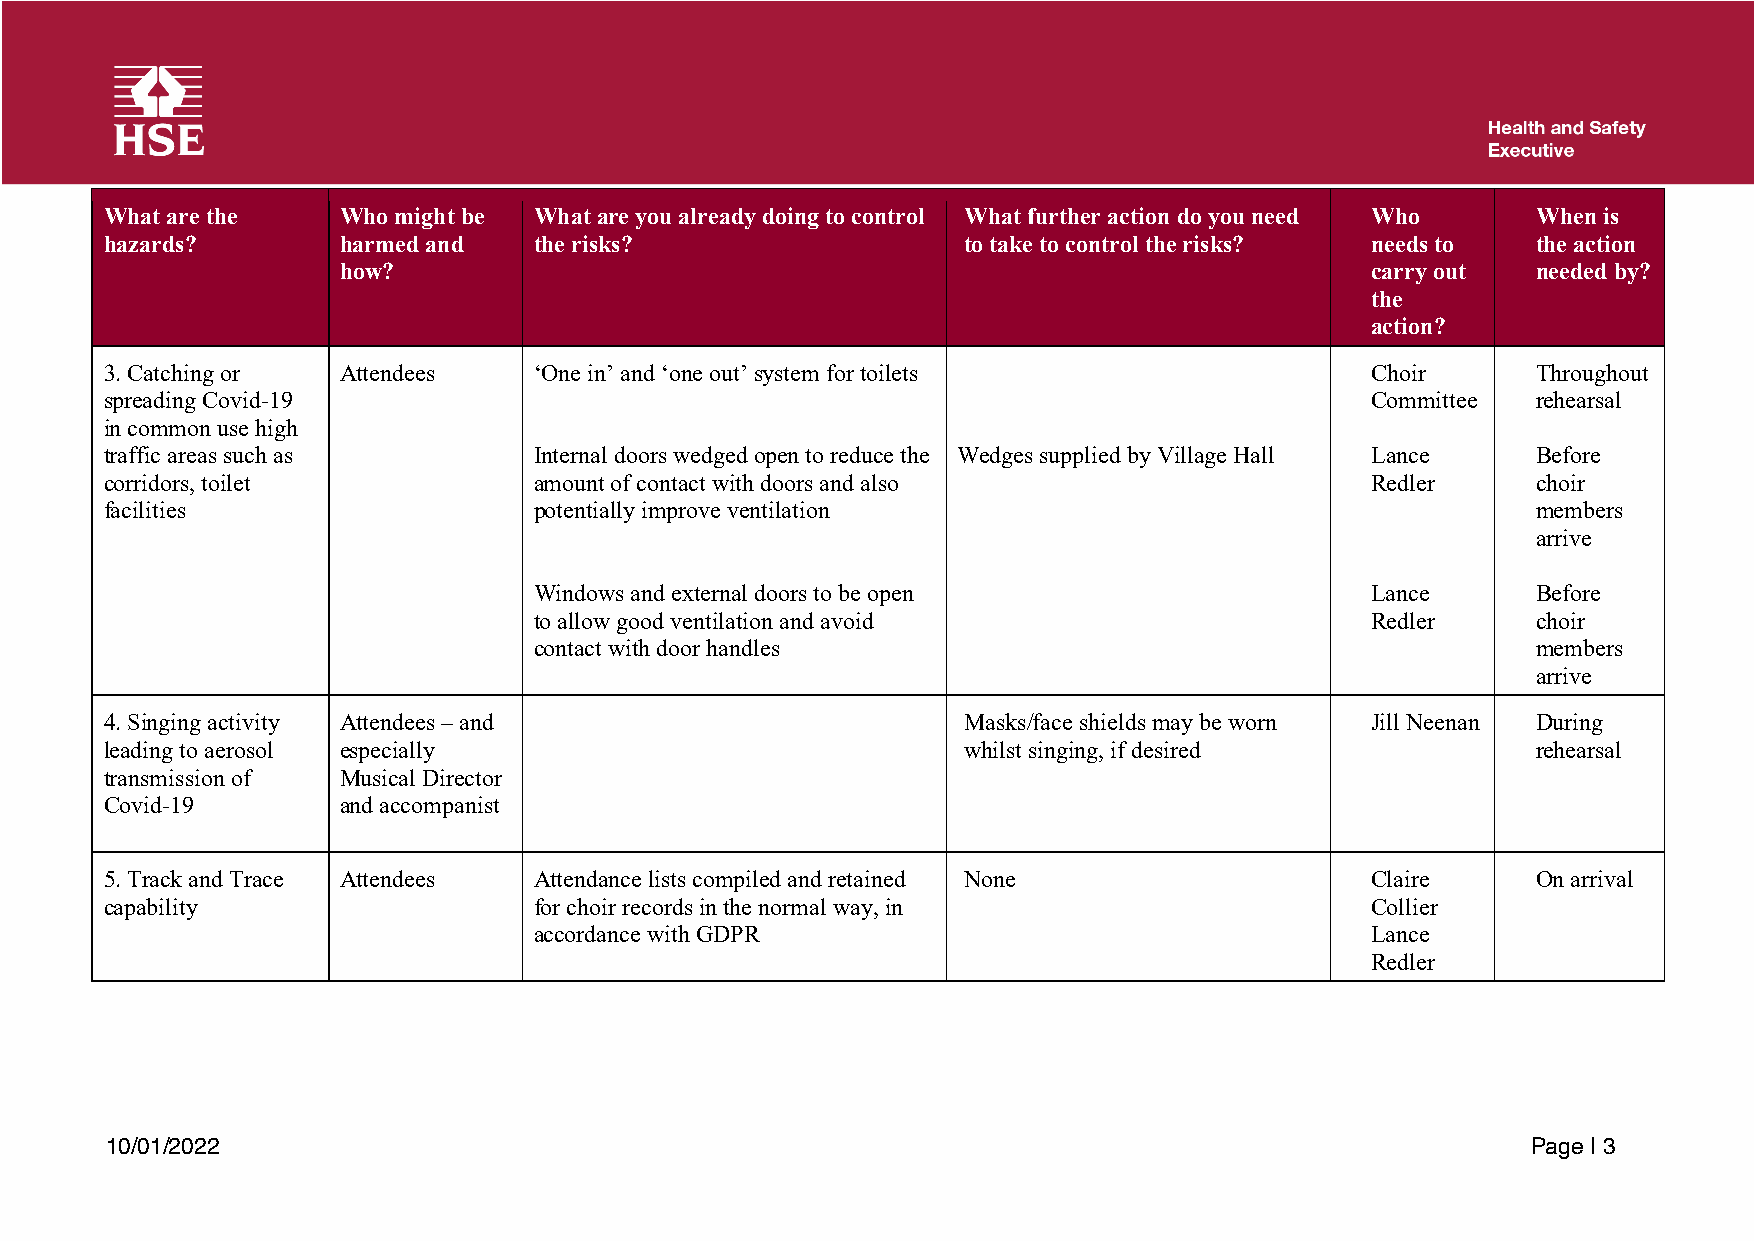
What are the   Who might be What are you already doing to control What further action do you need Who When is
 hazards?       harmed and   the risks?                   to take to control the risks? needs to the action
 how?                                                                 carry out  needed by?
 the
 action?
 3. Catching or Attendees    ‘One in’ and ‘one out’ system for toilets               Choir      Throughout
 spreading Covid-19                                                                  Committee  rehearsal
 in common use high
 traffic areas such as       Internal doors wedged open to reduce the Wedges supplied by Village Hall Lance Before
 corridors, toilet           amount of contact with doors and also                   Redler     choir
 facilities                  potentially improve ventilation                                    members
 arrive
 Windows and external doors to be open                   Lance      Before
 to allow good ventilation and avoid                     Redler     choir
 contact with door handles                                          members
 arrive
 4. Singing activity Attendees – and                      Masks/face shields may be worn Jill Neenan During
 leading to aerosol especially                            whilst singing, if desired            rehearsal
 transmission of Musical Director
 Covid-19       and accompanist
 5. Track and Trace Attendees Attendance lists compiled and retained None            Claire     On arrival
 capability                  for choir records in the normal way, in                 Collier
 accordance with GDPR                                    Lance
 Redler
 10/01/2022                                                                                    Page | 3